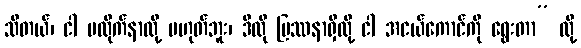
သိတယ်၊ ငါ မလိုက်နာလို့ မဟုတ်ဘူး၊ ဒီလို ပြဿနာရှိလို့ ငါ အငယ်ကောင်ကို ရွေးတာ” လို့